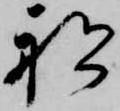
船